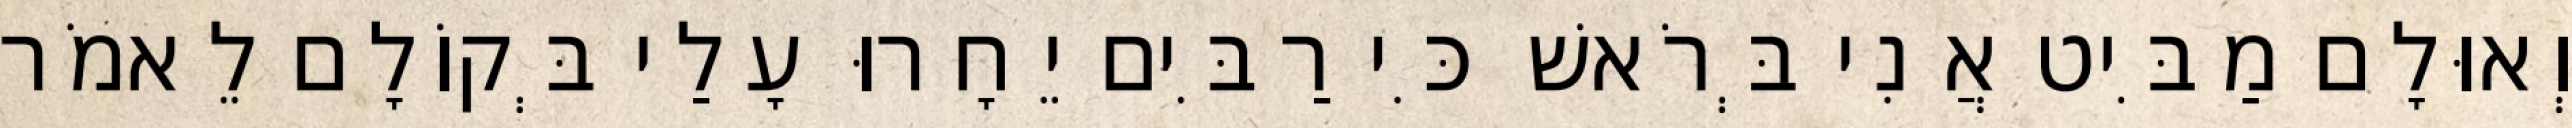
וְאוּלָם מַבִּיט אֲנִי בְּרֹאשׁ כִּי רַבִּים יֵחָרוּ עָלַי בְּקוֹלָם לֵאמֹר